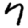
Digit: 7